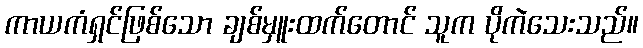
ကာယကံရှင်ဖြစ်သော ချစ်မှူးထက်တောင် သူက ပိုကဲသေးသည်။